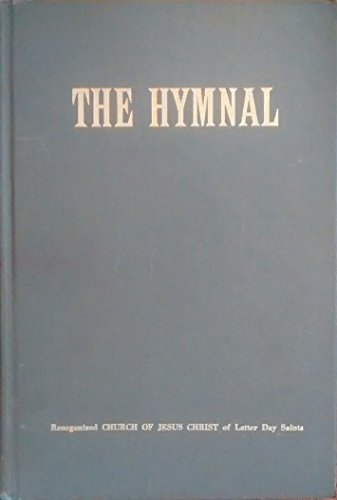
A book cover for The Hymnal; Reorganized Church of Jesus Christ of Latter Day Saints; Christian Books & Bibles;